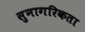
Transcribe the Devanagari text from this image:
सुनागरिकता